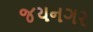
જયનગર